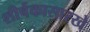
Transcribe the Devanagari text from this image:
शीर्षकासारखे